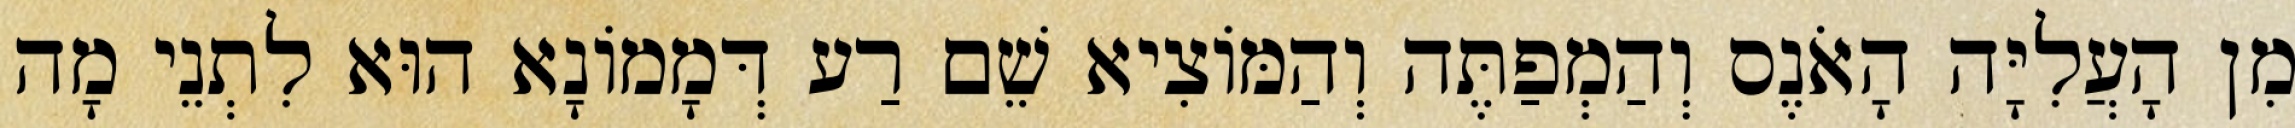
מִן הָעֲלִיָּה הָאֹנֶס וְהַמְפַתֶּה וְהַמּוֹצִיא שֵׁם רַע דְּמָמוֹנָא הוּא לִתְנֵי מָה